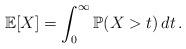
LaTeX: \begin{align*}\mathbb{E}[X]=\int_0^{\infty}\mathbb{P}(X>t)\, dt\, .\end{align*}